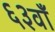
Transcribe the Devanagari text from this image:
६३वाँ